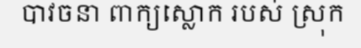
បាវចនា ពាក្យស្លោក របស់ ស្រុក